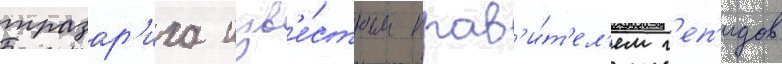
тразар'иха изв'е́стным прав'и́т'ел'ем г'еп'идов